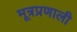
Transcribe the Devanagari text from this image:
मूत्रप्रणाली